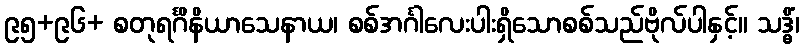
၉၅+၉၆+ စတုရင်္ဂိနိယာသေနာယ၊ စစ်အင်္ဂါလေးပါးရှိသောစစ်သည်ဗိုလ်ပါနှင့်။ သဒ္ဓိံ၊